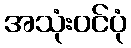
အသုံးဝင်ပုံ